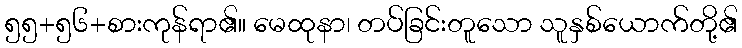
၅၅+၅၆+စားကုန်ရာ၏။ မေထုနာ၊ တပ်ခြင်းတူသော သူနှစ်ယောက်တို့၏